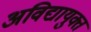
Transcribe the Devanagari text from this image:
अविद्यायुक्त